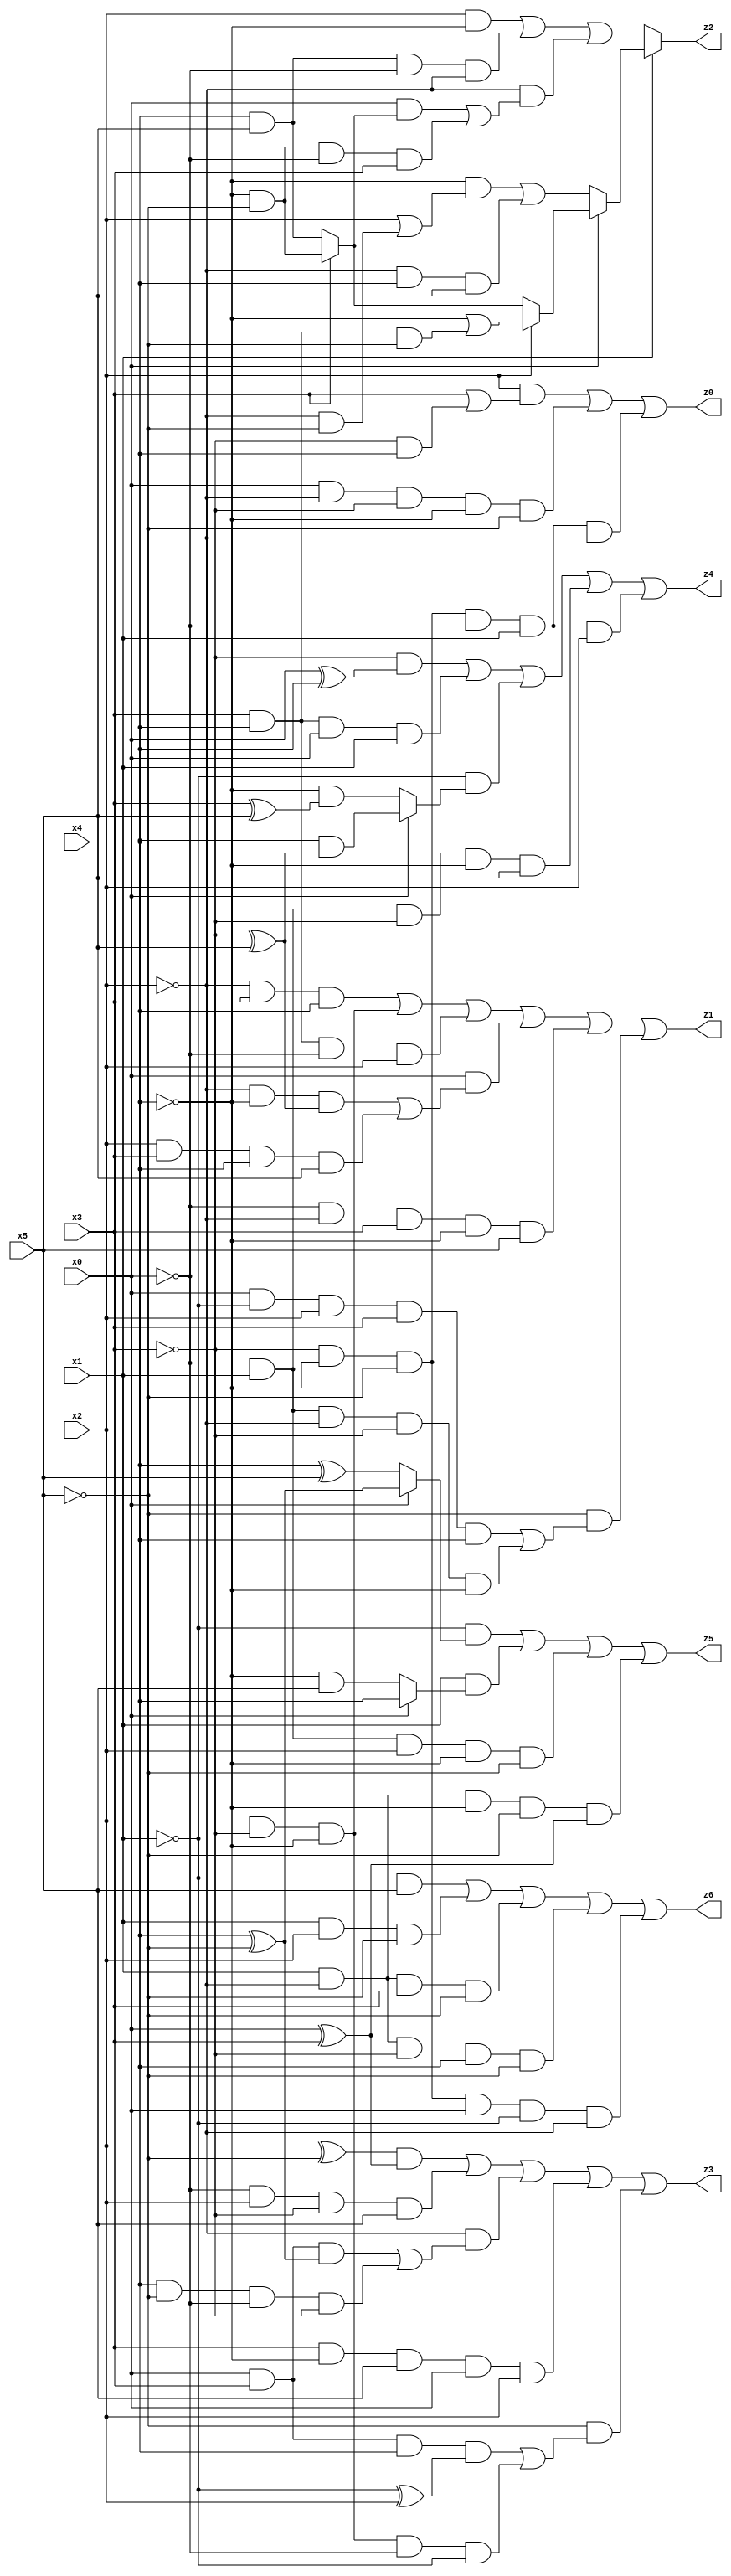
// Benchmark "X_12" written by ABC on Wed Jun 07 16:16:15 2023

module X_26 ( 
    x0, x1, x2, x3, x4, x5,
    z0, z1, z2, z3, z4, z5, z6  );
  input  x0, x1, x2, x3, x4, x5;
  output z0, z1, z2, z3, z4, z5, z6;
  assign z0 = (x2 & (x3 | (~x3 & x4))) | (x0 & ~x2 & ~x3 & ~x4 & ~x5) | (~x3 & ~x4 & ~x5 & ~x0 & x1 & ~x2);
  assign z1 = (~x2 & x3 & x4) | (x2 & ~x3 & ~x4) | (x3 & x4 & ~x0 & x2) | (x0 & ((~x2 & ~x4 & (~x3 ^ x5)) | (x2 & x3 & x4 & x5))) | (~x0 & ~x2 & x3 & ~x4 & x5) | (~x5 & ((x0 & ~x1 & x2 & x3 & x4) | (~x0 & x1 & ~x2 & ~x3 & ~x4)));
  assign z2 = x1 ? (x0 ? (x2 ? (~x4 | (x3 & x4 & ~x5)) : (x3 ? (~x4 & ~x5) : (x4 & x5))) : ((~x4 & (x2 | (~x2 & ~x5))) | (~x2 & x4 & x5))) : ((x2 & ~x4) | (x4 & x5 & ~x0 & ~x2) | (~x2 & ((x0 & (x3 ? (~x4 & ~x5) : (x4 & x5))) | (~x4 & ~x5 & ~x0 & x3))));
  assign z3 = ((x2 ^ ~x5) & (x0 ^ x3)) | (~x0 & x2 & ~x3 & x5) | (~x2 & ((x0 & x3 & (x4 ^ ~x5)) | (x4 & ~x5 & ~x0 & ~x3))) | (x3 & ~x4 & x5 & x0 & x2) | (~x5 & ((x0 & x3 & x4 & (~x1 ^ x2)) | (x2 & ~x3 & ~x4 & ~x0 & ~x1)));
  assign z4 = (~x3 & (x0 ^ x4)) | (x3 & x4 & x0 & x1) | (~x1 & (x0 ? (x4 & (~x3 ^ x5)) : (~x4 & (x3 ^ x5)))) | (~x0 & x1 & ~x3 & ~x4 & x5) | (~x3 & ~x4 & ~x5 & ~x0 & x1 & x2);
  assign z5 = (~x1 & (x0 ? (x4 ^ ~x5) : (x4 ^ x5))) | (x1 & (x0 ? x4 : (~x4 & x5))) | (~x0 & x1 & x2 & ~x4 & ~x5) | (x1 & ~x2 & ~x4 & ~x5 & (x0 ^ x3));
  assign z6 = (~x1 & x5) | (x1 & x2 & ~x5) | (x1 & ~x2 & x3 & ~x5) | (x1 & ~x2 & ~x3 & x4 & ~x5) | (~x3 & ~x4 & ~x5 & x0 & ~x1 & ~x2);
endmodule